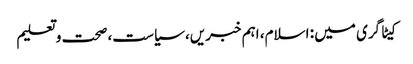
کیٹاگری میں : اسلام، اہم خبریں، سیاست، صحت و تعلیم